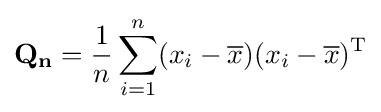
\mathbf {Q_{n}} ={1 \over n}\sum _{i=1}^{n}(x_{i}-{\overline {x}})(x_{i}-{\overline {x}})^{\mathrm {T} }